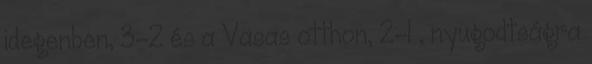
idegenben, 3-2 és a Vasas otthon, 2-1 , nyugodtságra